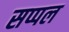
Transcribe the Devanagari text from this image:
सप्पल